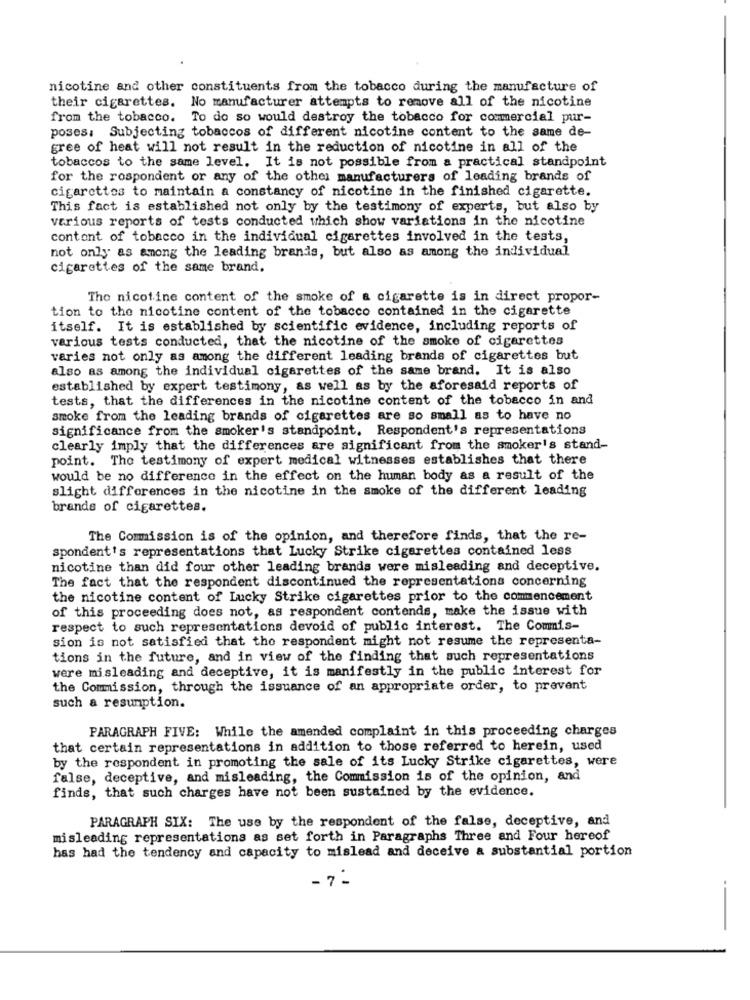
nicotine and other constituents from the tobacco during the manufacture of
their cigarettes. No manufacturer attempts to remove all of the nicotine
from the tobacco. To do so would destroy the tobacco for commercial pur-
poses: Subjecting tobaccos of different nicotine content to the same de-
gree of heat will not result in the reduction of nicotine in all of the
tobaccos to the same level. It is not possible from a practical standpoint
for the rospondent or any of the other manufacturers of leading brands of
cigarettes to maintain a constancy of nicotine in the finished cigarette.
This fact is established not only by the testimony of experts, but also by
various reports of tests conducted which show variations in the nicotine
contont of tobacco in the individual cigarettes involved in the tests,
not only as among the leading brands, but also as among the individual
cigarettes of the same brand.
The nicotine content of the smoke of a cigarette is in direct propor-
tion to the nicotine content of the tobacco contained in the cigarette
itself. It is established by scientific evidence, including reports of
various tests conducted, that the nicotine of the smoke of cigarettes
varies not only as among the different leading brands of cigarettes but
also as among the individual cigarettes of the same brand. It is also
established by expert testimony, as well as by the aforesaid reports of
tests, that the differences in the nicotine content of the tobacco in and
smoke from the leading brands of cigarettes are so small as to have no
significance from the smoker's standpoint. Respondent's representations
clearly imply that the differences are significant from the smoker's stand-
point. The testimony of expert medical witnesses establishes that there
would be no difference in the effect on the human body as a result of the
slight differences in the nicotine in the smoke of the different leading
brands of cigarettes.
The Commission is of the opinion, and therefore finds, that the re-
spondent's representations that Lucky Strike cigarettes contained less
nicotine than did four other leading brands were misleading and deceptive.
The fact that the respondent discontinued the representations concerning
the nicotine content of Lucky Strike cigarettes prior to the commencement
of this proceeding does not, as respondent contends, make the issue with
respect to such representations devoid of public interest. The Commis-
sion is not satisfied that the respondent might not resume the representa-
tions in the future, and in view of the finding that such representations
were misleading and deceptive, it is manifestly in the public interest for
the Commission, through the issuance of an appropriate order, to prevent
such a resumption.
PARAGRAPH FIVE: While the amended complaint in this proceeding charges
that certain representations in addition to those referred to herein, used
by the respondent in promoting the sale of its Lucky Strike cigarettes, were
false, deceptive, and misleading, the Commission is of the opinion, and
finds, that such charges have not been sustained by the evidence.
PARAGRAPH SIX: The use by the respondent of the false, deceptive, and
misleading representations as set forth in Paragraphs Three and Four hereof
has had the tendency and capacity to mislead and deceive a substantial portion
- 7 -
--
-